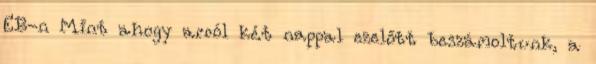
EB-n Mint ahogy arról két nappal ezelőtt beszámoltunk, a